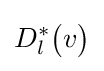
D_{l}^{*}{\bigl (}v{\bigr )}